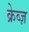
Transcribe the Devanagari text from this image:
क्रेव्ज़